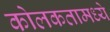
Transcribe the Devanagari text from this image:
कोलकतामध्ये